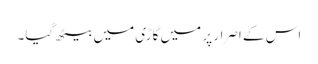
اس کے اصرار پر میں گاڑی میں بیٹھ گیا۔